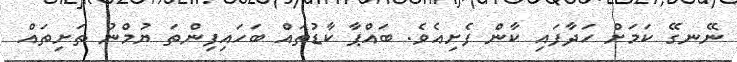
ނޭނގޭ ކަމަށް ހަދާފައި ކާން ފެށިއެވެ. ބައްޕާ ކާޑުތައް ބަހައިފިންތަ ޔުމްނު ތަށިތައް